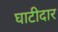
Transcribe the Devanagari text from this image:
घाटीदार